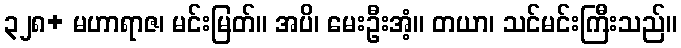
၃၂၈+ မဟာရာဇ၊ မင်းမြတ်။ အပိ၊ မေးဦးအံ့။ တယာ၊ သင်မင်းကြီးသည်။